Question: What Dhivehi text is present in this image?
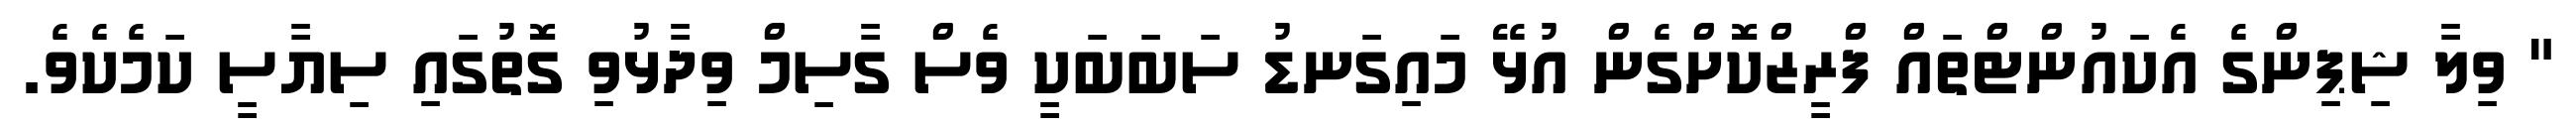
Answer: " ވިލާ ޝިޕިންގެ އެކައުންޓްތައް ފްރީޒްކޮށްގެން އުޅޭ މައިގަނޑު ސަބަބަކީ ވެސް ގާސިމް ވިދާޅުވި ގޮތުގައި ސިޔާސީ ކަމެކެވެ.